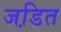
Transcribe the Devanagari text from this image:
जडि़त